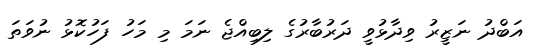
އަބްދު ނަޒީރު ވިދާޅުވީ ދަރުބާރުގެ ލިބިއްޖެ ނަމަ މި މަހު ފަހުކޮޅު ނުވަތަ